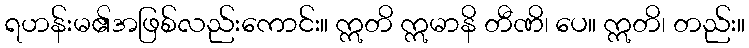
ရဟန်းမ၏အဖြစ်လည်းကောင်း။ ဣတိ ဣမာနိ တီဏိ၊ ပေ။ ဣတိ၊ တည်း။